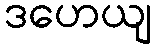
ဒဟေယျ